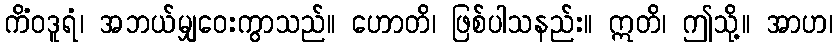
ကိံဝဒူရံ၊ အဘယ်မျှဝေးကွာသည်။ ဟောတိ၊ ဖြစ်ပါသနည်း။ ဣတိ၊ ဤသို့။ အာဟ၊